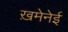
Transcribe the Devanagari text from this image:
ख़मेनेई